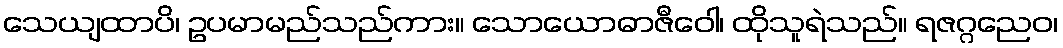
သေယျထာပိ၊ ဥပမာမည်သည်ကား။ သောယောဓာဇီဝေါ၊ ထိုသူရဲသည်။ ရဇဂ္ဂညေဝ၊